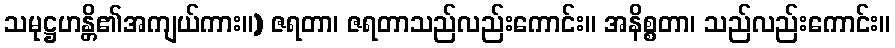
သမုဋ္ဌဟန္တိ၏အကျယ်ကား။) ဇရတာ၊ ဇရတာသည်လည်းကောင်း။ အနိစ္စတာ၊ သည်လည်းကောင်း။